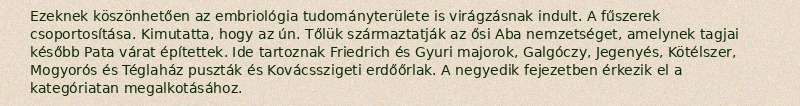
Ezeknek köszönhetően az embriológia tudományterülete is virágzásnak indult. A fűszerek csoportosítása. Kimutatta, hogy az ún. Tőlük származtatják az ősi Aba nemzetséget, amelynek tagjai később Pata várat építettek. Ide tartoznak Friedrich és Gyuri majorok, Galgóczy, Jegenyés, Kötélszer, Mogyorós és Téglaház puszták és Kovácsszigeti erdőőrlak. A negyedik fejezetben érkezik el a kategóriatan megalkotásához.